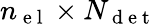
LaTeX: {n_{\mathrm{~e~l~}}}\times{N_{\mathrm{~d~e~t~}}}